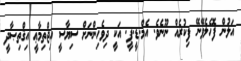
އަލުން ފޮހެލެވޭނޭ ފިކުރެއް ނޫނެވެ. އެމް.ޑީ.ޕީ. އަކީ ދިވެހިންނަށް ސިޔާސީ އިޖްތިމާޢީ އިޤްތިޞާދީ